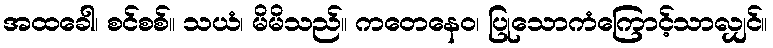
အထခေါ၊ စင်စစ်။ သယံ၊ မိမိသည်။ ကတေနေဝ၊ ပြုသောကံကြောင့်သာလျှင်။